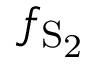
f _ { \mathrm { S _ { 2 } } }